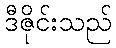
ဒီဇိုင်းသည်